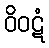
ဝိဝဋံ